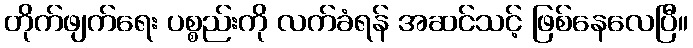
တိုက်ဖျက်ရေး ပစ္စည်းကို လက်ခံရန် အဆင်သင့် ဖြစ်နေလေပြီ။